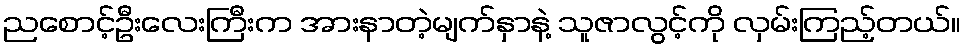
ညစောင့်ဦးလေးကြီးက အားနာတဲ့မျက်နှာနဲ့ သူဇာလွင့်ကို လှမ်းကြည့်တယ်။